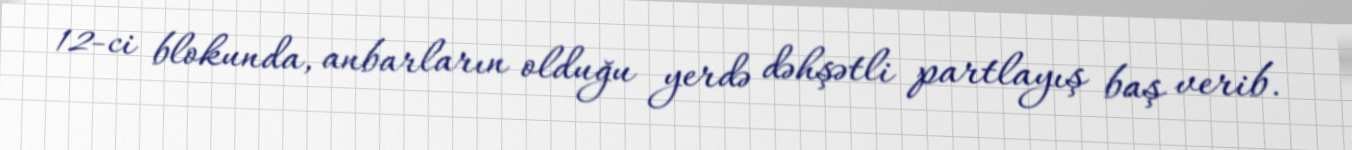
12-ci blokunda, anbarların olduğu yerdə dəhşətli partlayış baş verib.